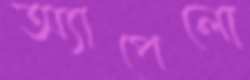
অ্যাপেলো